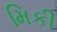
મિકી